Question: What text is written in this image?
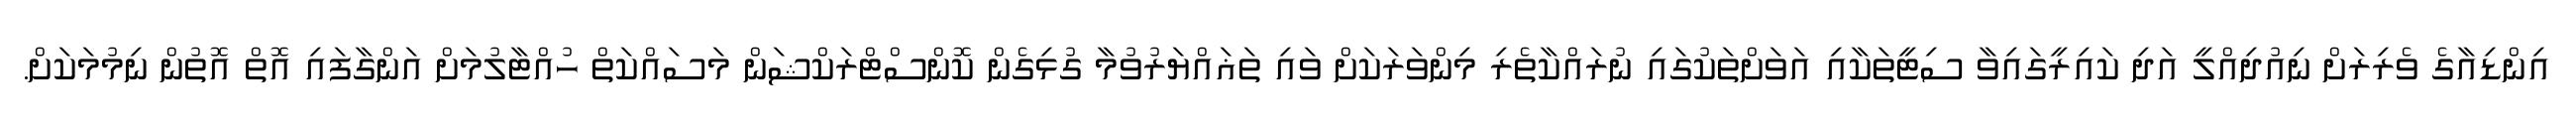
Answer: އިންޑިއާގެ ވެރިރަށް ނިއުދިއްލީ އަދި ކައިރީގައިވާ ސިޓީތަކާއި އަވަށްތަކުގައި ނުރައްކާތެރި މިންވަރަކަށް ވައި ތަޣައްޔަރުވުމާ ގުޅިގެން ކޮންސްޓްރަކްޝަން މަސައްކަތް ހުއްޓާލުމަށް އަންގާފައި އޮތް އޮތުން ނިމުމަކަށް.